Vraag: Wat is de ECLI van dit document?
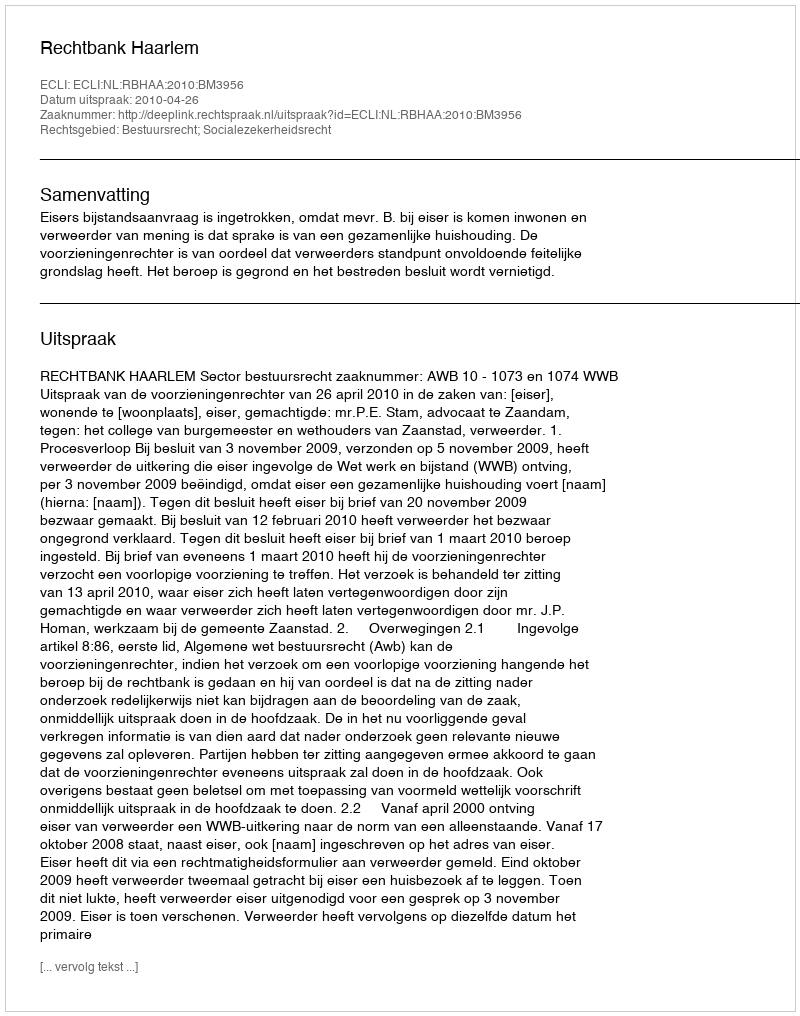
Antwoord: ECLI:NL:RBHAA:2010:BM3956